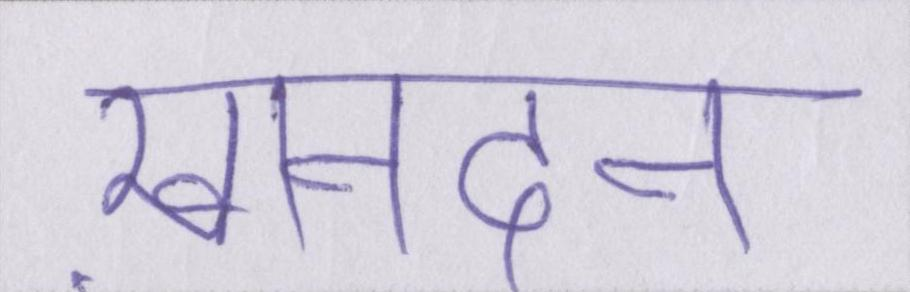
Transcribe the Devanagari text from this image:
ख़ानदान